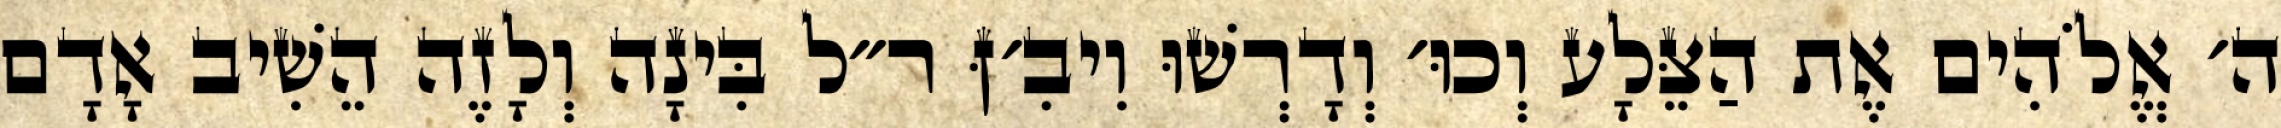
ה׳ אֱלֹהִים אֶת הַצֵּלָע וְכוּ׳ וְדָרְשׁוּ וִיבִ׳ןּ ר״ל בִּינָה וְלָזֶה הֵשִׁיב אָדָם